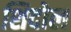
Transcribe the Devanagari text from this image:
शिदोल